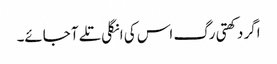
اگر دکھتی رگ اس کی انگلی تلے آ جائے۔